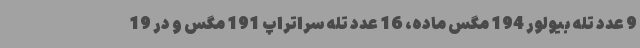
9 عدد تله بیولور 194 مگس ماده، 16 عدد تله سراتراپ 191 مگس و در 19